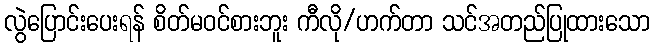
လွဲပြောင်းပေးရန် စိတ်မဝင်စားဘူး ကီလို/ဟက်တာ သင်အတည်ပြုထားသော